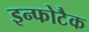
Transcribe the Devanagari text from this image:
इन्फोटैक